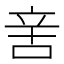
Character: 㖖